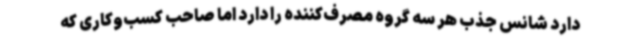
دارد شانس جذب هر سه گروه مصرف‌کننده را دارد اما صاحب کسب‌وکاری که